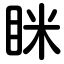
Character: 眯